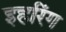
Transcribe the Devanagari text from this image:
इहरिंग